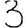
Digit: 3